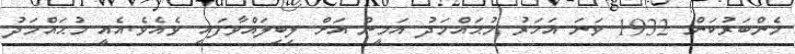
މެންބަރުކަން 1932 ވަނަ އަހަރު މުޙައްމަދު އަމީން އަށް ލިބިލައްވާފައި ވެއެވެ.އެއީ މުޙައްމަދު